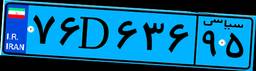
۷۶D۶۳۶۹۵